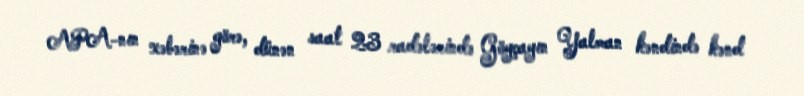
APA-nın xəbərinə görə, dünən saat 23 radələrində Göyçayın Yalman kəndində kənd